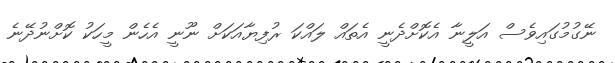
ނޭގުމުގައިވެސް އަލީނާ އެކޮށްދެނީ އެތައް ލައްކަ ރުފިޔާއަކަށް ނޫނީ އެހެން މީހަކު ކޮށްނުދޭނެ